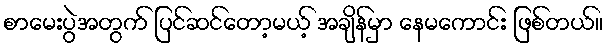
စာမေးပွဲအတွက် ပြင်ဆင်တော့မယ့် အချိန်မှာ နေမကောင်း ဖြစ်တယ်။